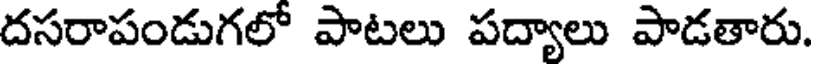
దసరాపండుగలో పాటలు పద్యాలు పాడతారు.